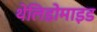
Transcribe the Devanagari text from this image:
थेलिडोमाइड